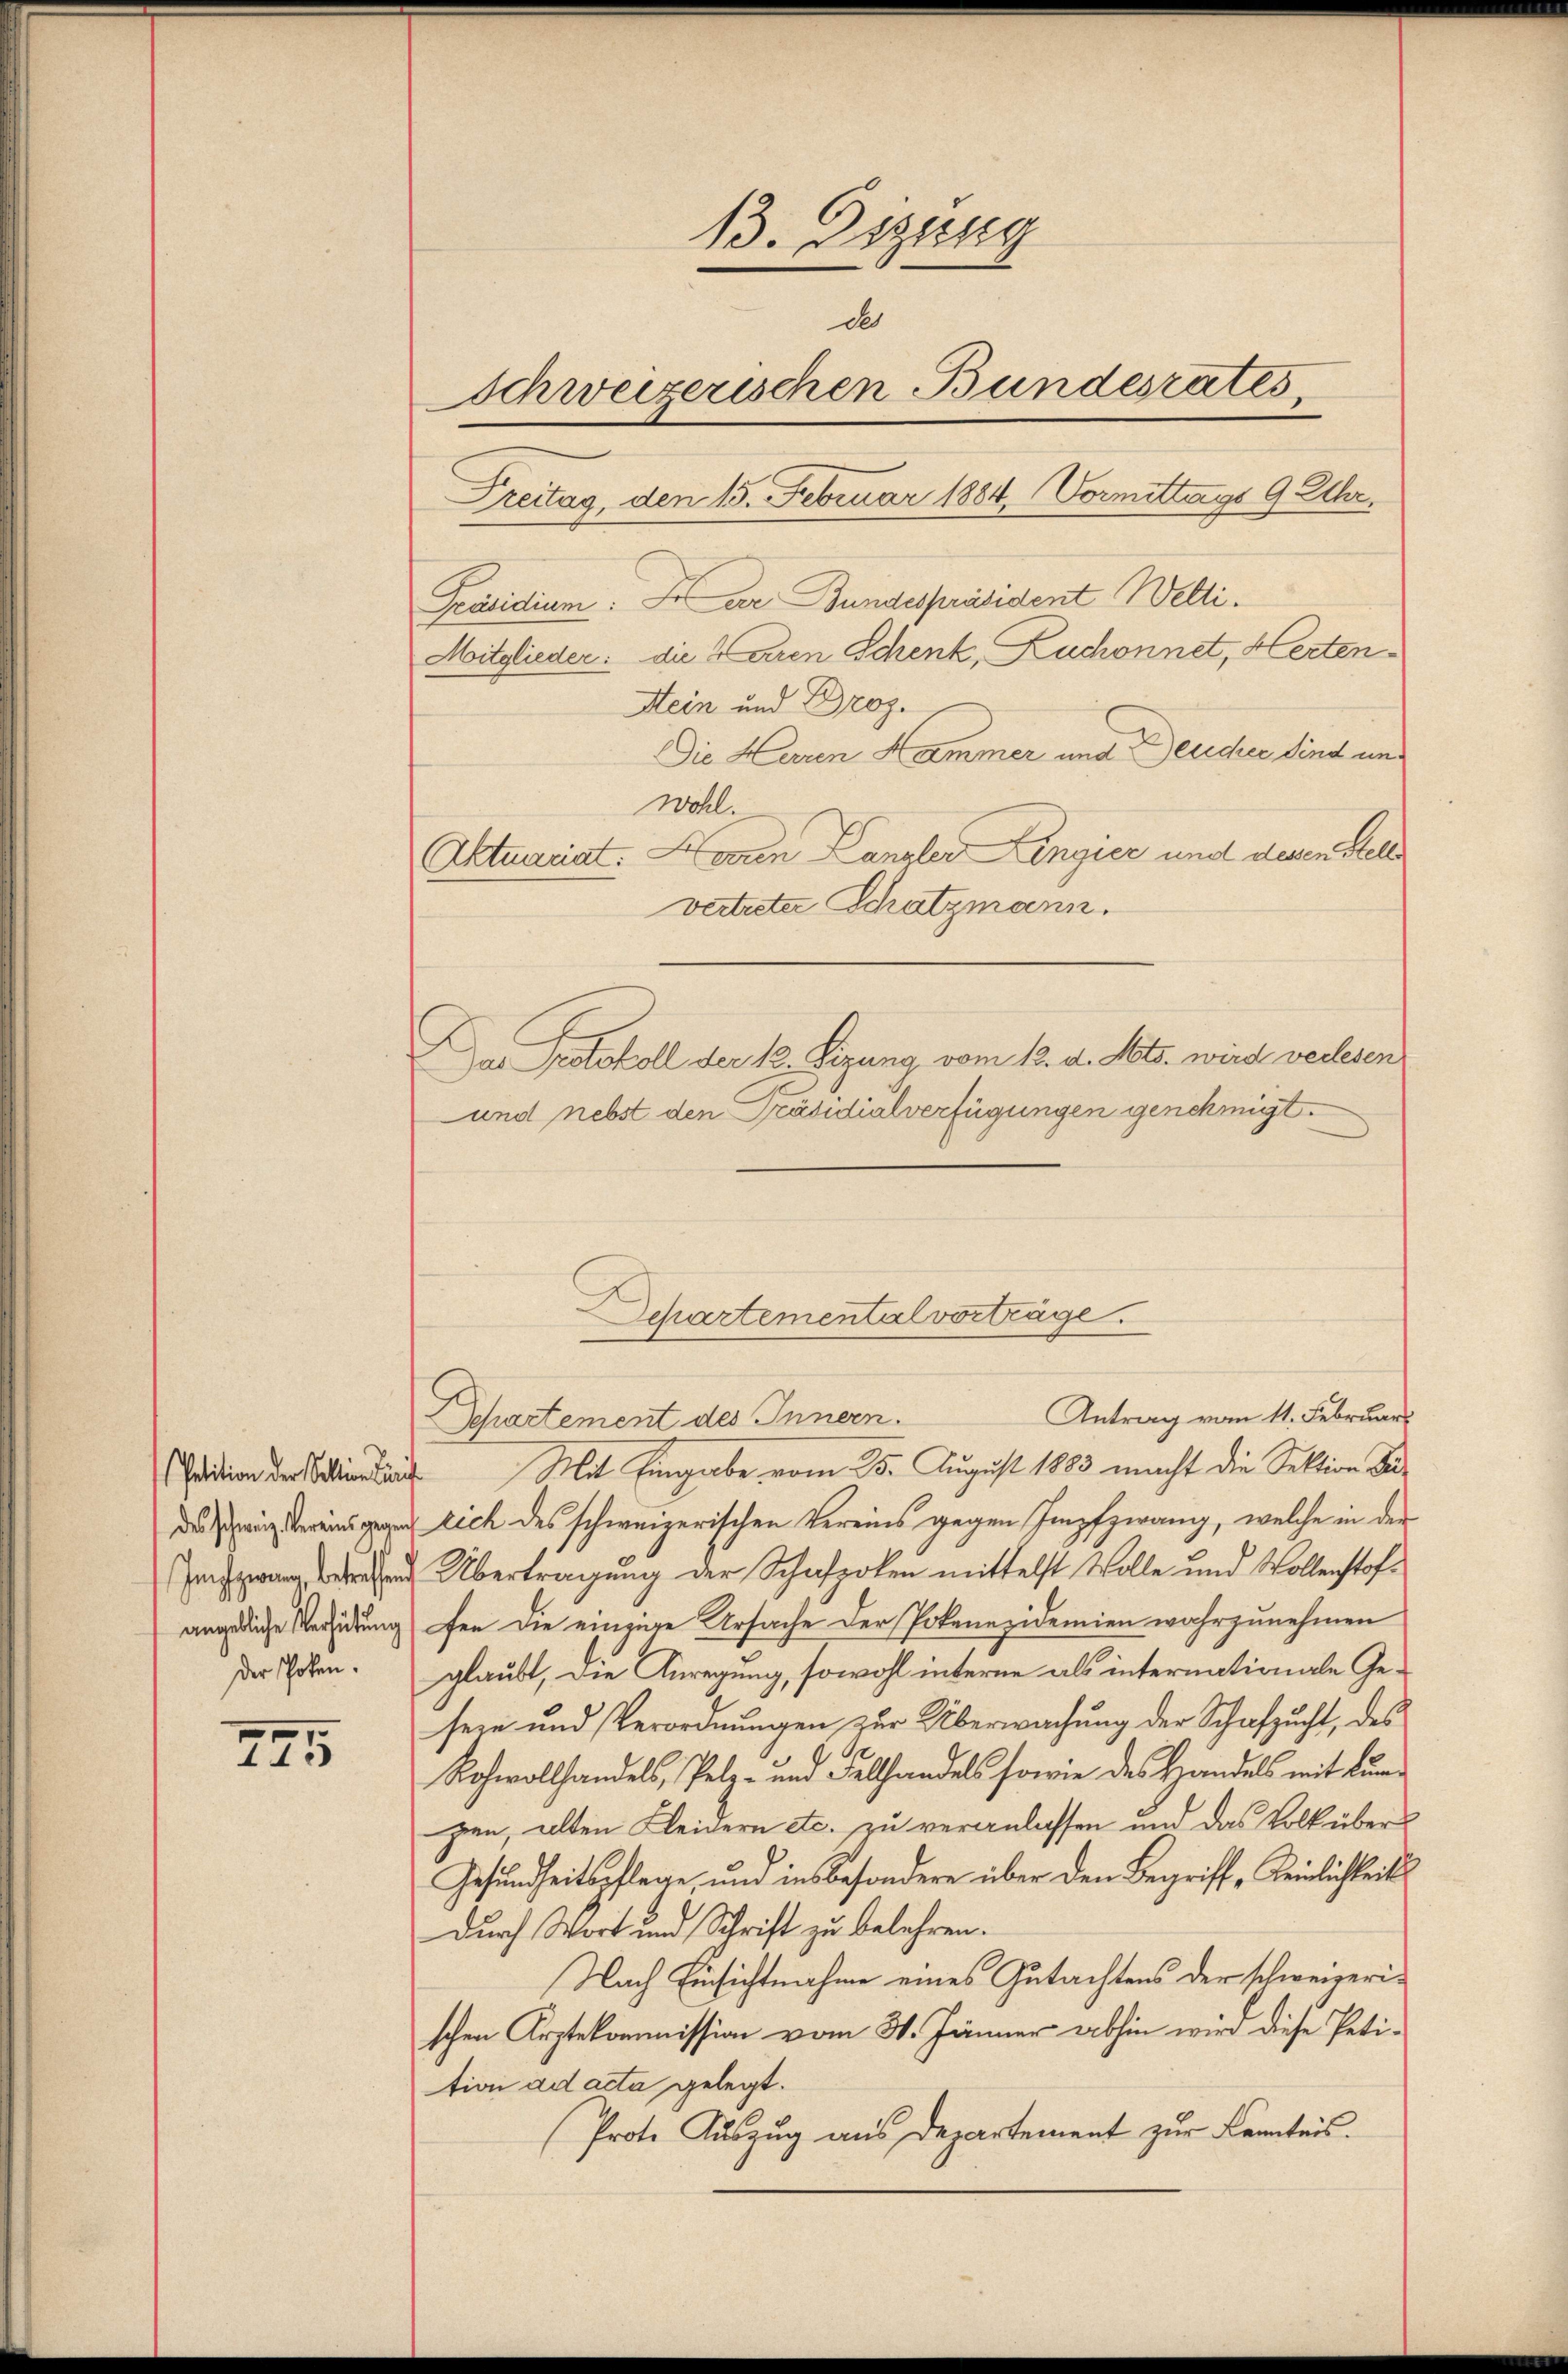
Petition der Sektion den
des schweiz. Vereins gegen
Infzwang, betreffen
angebliche Verhütung
der schoben.

745

13. Dizzug
des
Schweizerischen Bundesrates,
Dreitag, den 15. Februar 1884, Vormittags 9 Uhr.
Präsidium. In der Bundespräsident Welti.
Mitglieder: die Caren Schenk, Zuchonnet, Herten¬
Stein und Droz.
Die Heren Hammer und Deude sind um
wohl.
Aktuariat. Nonen Kanzler Lingier und dessen Stelle
vertreter Schatzmann.
f
DDas Protokoll der 12. Sizung vom 12. d. Mts. wird verlesen
und nebst den Präsidialverfügungen genehmigt.

Antrag vom 11. Februar
Departement des Innern.
Mit Eingabe vom 25. August 1883 macht die Sektion de
rich des schweizerischen Vereins gegen Impfzwang, welche in der
Übertragung der Schafpolen mittelst Volle und Wollenstoffen die einzige Ursache der Pokenezidemien wahrzunehmen
glaubt, die Anregung, sowohl interne als internationale Gesein und Verordnungen zur Überwachung der Schafzucht, des
Rohwollhandels, Pelz- und Fellhandels sowie des Handels mit Lungen, alten Kleidern etc. zu veranlassen und das Volk über¬
Gesundheitspflege, und insbesondere über den Begriff Keinlichkeits
Durch Wort und Schrift zu belehren.
Nach Einsichtnahme eines Gutachtens der schweizerischen Arztekommission vom 31. Jänner abhin wird diese Petition ad acta gelegt.
Prote Auszug aus Departement zur Kenntnis.

Departementalvertrage